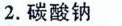
2.碳酸钠